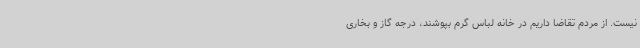
نیست. از مردم تقاضا داریم در خانه لباس گرم بپوشند، درجه گاز و بخاری